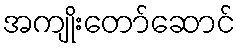
အကျိုးတော်ဆောင်